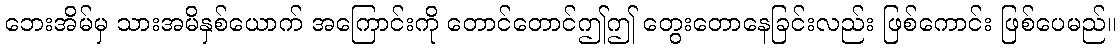
ဘေးအိမ်မှ သားအမိနှစ်ယောက် အကြောင်းကို တောင်တောင်ဤဤ တွေးတောနေခြင်းလည်း ဖြစ်ကောင်း ဖြစ်ပေမည်။